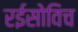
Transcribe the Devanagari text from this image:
रईसोविच